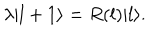
\lambda | l + 1 \rangle = R ( l ) | l \rangle .